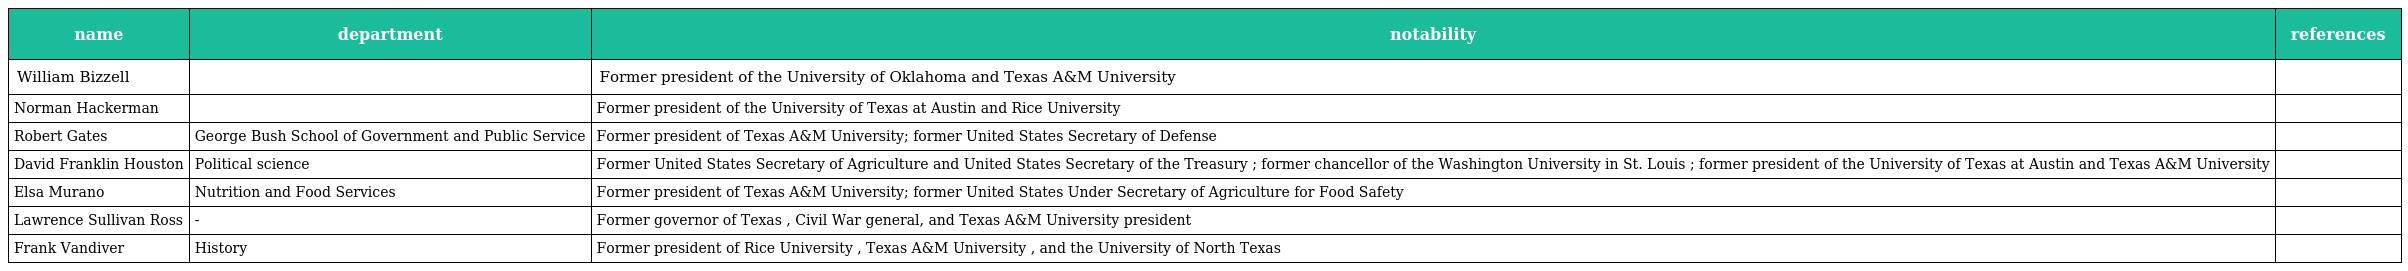
| name | department | notability | references |
 | --- | --- | --- | --- |
 | William Bizzell |  | Former president of the University of Oklahoma and Texas A&M University |  |
 | Norman Hackerman |  | Former president of the University of Texas at Austin and Rice University |  |
 | Robert Gates | George Bush School of Government and Public Service | Former president of Texas A&M University; former United States Secretary of Defense |  |
 | David Franklin Houston | Political science | Former United States Secretary of Agriculture and United States Secretary of the Treasury ; former chancellor of the Washington University in St. Louis ; former president of the University of Texas at Austin and Texas A&M University |  |
 | Elsa Murano | Nutrition and Food Services | Former president of Texas A&M University; former United States Under Secretary of Agriculture for Food Safety |  |
 | Lawrence Sullivan Ross | - | Former governor of Texas , Civil War general, and Texas A&M University president |  |
 | Frank Vandiver | History | Former president of Rice University , Texas A&M University , and the University of North Texas |  |